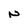
Character: N